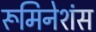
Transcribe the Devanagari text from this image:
रूमिनेशंस